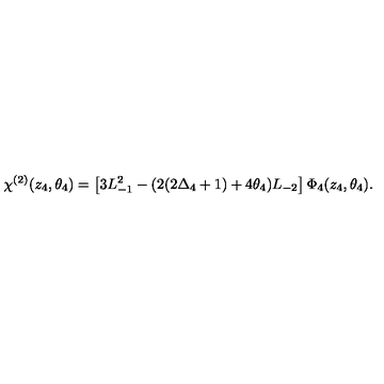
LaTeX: \chi ^ { ( 2 ) } ( z _ { 4 } , \theta _ { 4 } ) = \left[ 3 L _ { - 1 } ^ { 2 } - ( 2 ( 2 \Delta _ { 4 } + 1 ) + 4 \theta _ { 4 } ) L _ { - 2 } \right] \Phi _ { 4 } ( z _ { 4 } , \theta _ { 4 } ) .